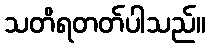
သတိရတတ်ပါသည်။